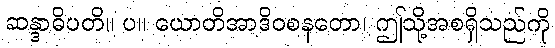
ဆန္ဒာဓိပတိ။ ပ။ ယောတိအာဒိဝစနတော၊ ဤသို့အစရှိသည်ကို